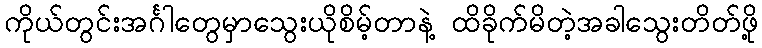
ကိုယ်တွင်းအင်္ဂါတွေမှာသွေးယိုစိမ့်တာနဲ့ ထိခိုက်မိတဲ့အခါသွေးတိတ်ဖို့